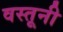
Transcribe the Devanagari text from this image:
वस्तूनी